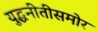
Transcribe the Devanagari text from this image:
युद्धनीतीसमोर